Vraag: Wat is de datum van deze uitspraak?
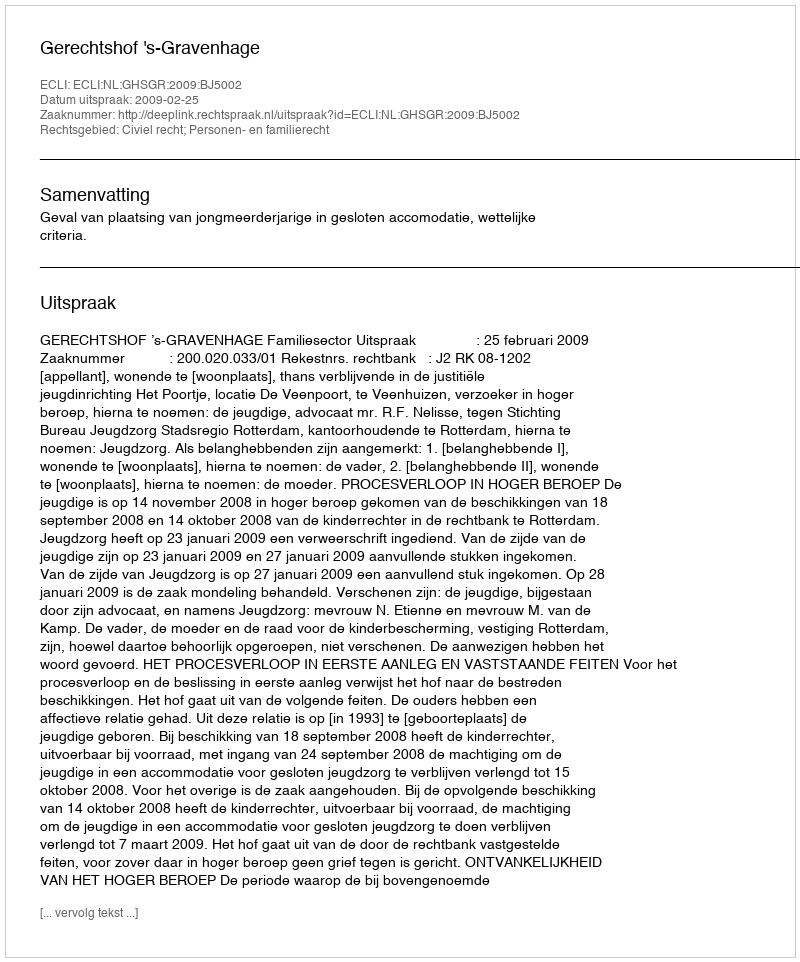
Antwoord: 2009-02-25